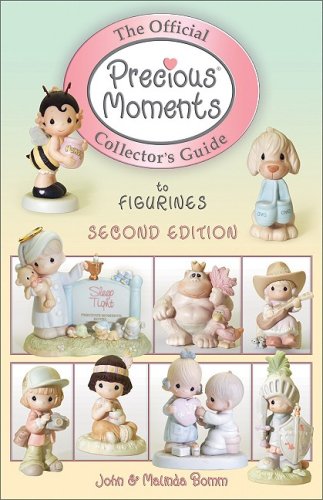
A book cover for The Official Precious Moments Collector's Guide to Figurines; John Bomm; Crafts, Hobbies & Home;